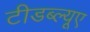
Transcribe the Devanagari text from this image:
टीडब्ल्‍यूए